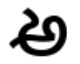
అ